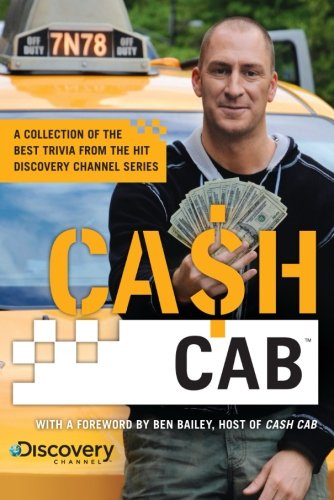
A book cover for Cash Cab: A Collection of the Best Trivia from the Hit Discovery Show; Discovery Communications; Humor & Entertainment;